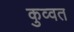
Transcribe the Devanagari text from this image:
कुव्‍वत